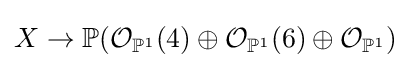
X\to \mathbb {P} ({\mathcal {O}}_{\mathbb {P} ^{1}}(4)\oplus {\mathcal {O}}_{\mathbb {P} ^{1}}(6)\oplus {\mathcal {O}}_{\mathbb {P} ^{1}})